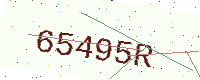
Text: 65495R